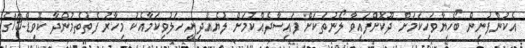
އެކުންފުނިން ބޯހިޔާވަހިކަމަށް ދޫކޮށްފައިވާ ލޯނުތަކަށް ފައިސާދެއްކުމަށް ލުޔެއްދިނީ ހަލުވިކަމާއެކު މިހާރު ފެތުތެމުންދާ ކޮވިޑް-19ގެ